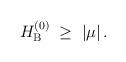
LaTeX: \begin{align*}H_{\rm B}^{(0)} \;\geq\; |\mu|\,.\end{align*}